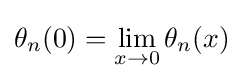
\theta _{n}(0)=\lim _{x\rightarrow 0}\theta _{n}(x)